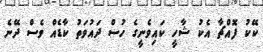
ކޭކު ފޮއްޗާ އެކު ޝާހީ ކައިވެނީގެ ހުސް ދައުވަތު ކާޑެއް ވެސް ދޭނެ